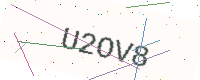
Text: U2OV8